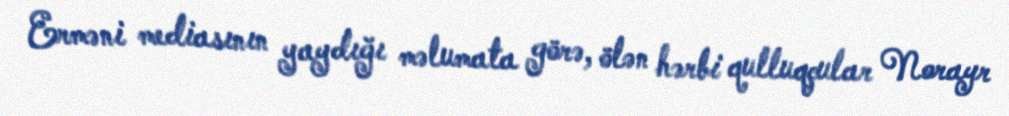
Erməni mediasının yaydığı məlumata görə, ölən hərbi qulluqçular Norayr